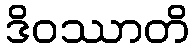
ဒိဝဿာတိ